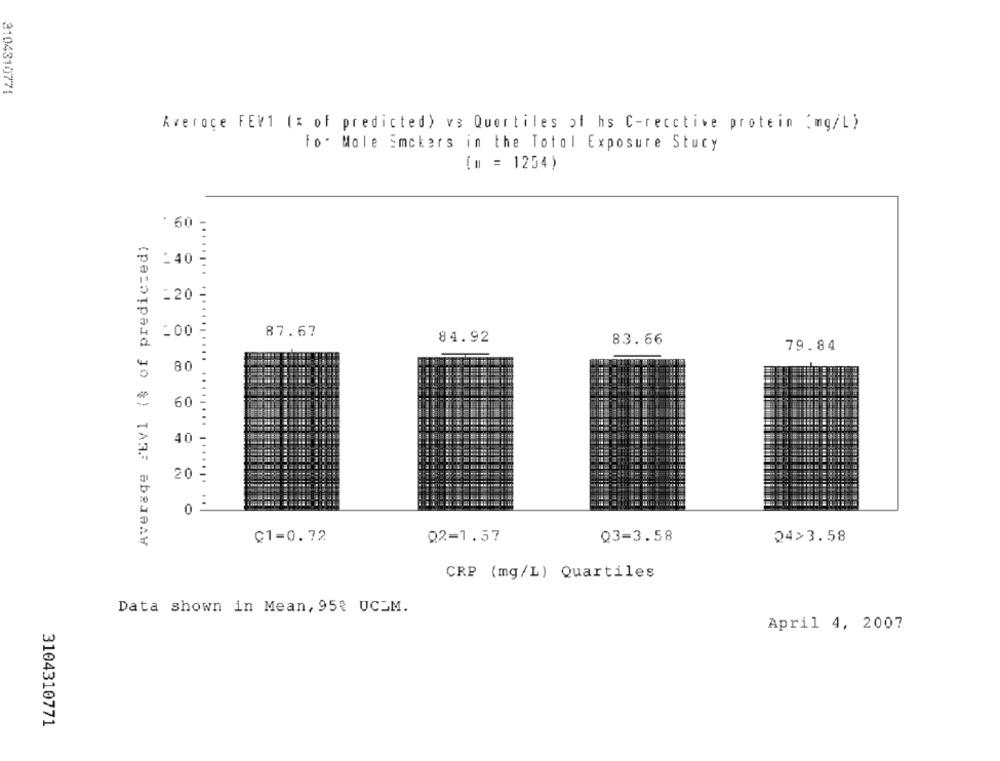
3104310771
Averoce FEV1 (% of predicted) vs Quartiles of hs C-reactive protein ( mg/L)
fo. Male Emckers in the Total Exposure Stucy
[m = 1254)
'60-
Average FEV1 (% of predicted)
:40
:20-
200
87.67
84.92
83.66
79.84
80
60
40
20
O
........... ........ ....... ..
C1=0.72
02-1.57
Q3=3.58
24>3.58
CRP (mg/L) Quartiles
Data shown in Mean, 95€ UCLM.
April 4, 2007
3104310771